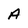
Character: A